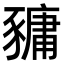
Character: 𧱿